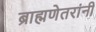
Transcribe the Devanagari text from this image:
ब्राह्मणेतरांनी